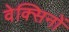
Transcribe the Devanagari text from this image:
वेक्सिनों